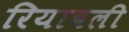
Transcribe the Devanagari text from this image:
रियावली